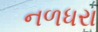
નળધરા